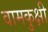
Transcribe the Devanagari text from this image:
वामकुक्षी